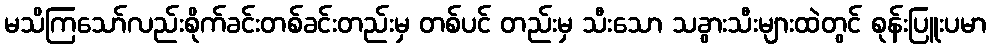
မသိကြသော်လည်းစိုက်ခင်းတစ်ခင်းတည်းမှ တစ်ပင် တည်းမှ သီးသော သခွားသီးများထဲတွင် စုန်းပြူးပမာ